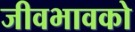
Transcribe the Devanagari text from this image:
जीवभावको